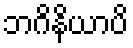
ဘဂိနိယာပိ